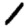
Digit: 1